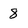
Character: 8